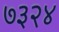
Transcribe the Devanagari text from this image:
७३२४